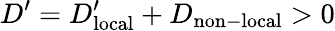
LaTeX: D^{\prime}=D_{\mathrm{local}}^{\prime}+D_{\mathrm{non-local}}>0